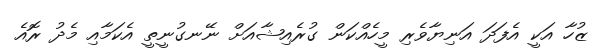
ޒުހާ އަކީ އެފަދަ އަނިޔާވެރި މީހެއްކަން ގުރެއިޝާއަށް ނޭނގުނީތީ އެކަމާއި މެދު ރޮއެ